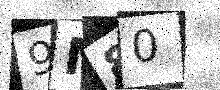
Text: 9M80